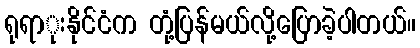
ရုရာုးနိုင်ငံက တုံ့ပြန်မယ်လို့ပြောခဲ့ပါတယ်။